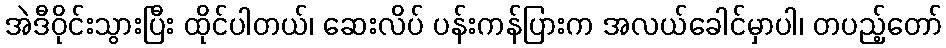
အဲဒီဝိုင်းသွားပြီး ထိုင်ပါတယ်၊ ဆေးလိပ် ပန်းကန်ပြားက အလယ်ခေါင်မှာပါ၊ တပည့်တော်